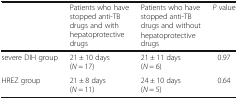
<table><thead><tr><td></td><td><b>Patients who have stopped anti-TB drugs and with hepatoprotective drugs</b></td><td><b>Patients who have stopped anti-TB drugs and without hepatoprotective drugs</b></td><td><b><i>P</i> value</b></td></tr></thead><tbody><tr><td>severe DIH group</td><td>21 ± 10 days(<i>N</i> = 17)</td><td>21 ± 11 days(<i>N</i> = 6)</td><td>0.97</td></tr><tr><td>HREZ group</td><td>21 ± 8 days(<i>N</i> = 11)</td><td>24 ± 10 days(<i>N</i> = 5)</td><td>0.64</td></tr></tbody></table>